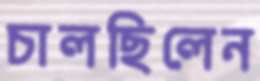
চালছিলেন